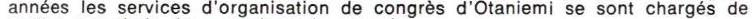
années les services d'organisation de congrès d'Otaniemi se sont chargés de